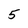
Character: 5